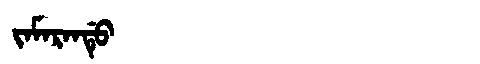
Manchu: ᠵᠠᠮᠠᡵᠠᠨᡩᡠ
Romanization: JAMARANDU